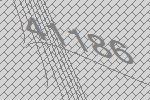
41186